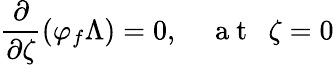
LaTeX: \frac{\partial}{\partial\zeta}\left(\varphi_{f}\Lambda\right)=0,~~~~\mathrm{~a~t~}~~\zeta=0